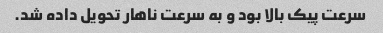
سرعت پیک بالا بود و به سرعت ناهار تحویل داده شد.